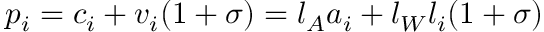
p _ { i } = c _ { i } + v _ { i } ( 1 + \sigma ) = l _ { A } a _ { i } + l _ { W } l _ { i } ( 1 + \sigma )